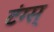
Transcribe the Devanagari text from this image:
टंग्स्